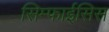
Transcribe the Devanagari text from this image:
सिम्फाईसिस